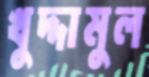
খুদ্দামুল